Tezpur Lunatic Asylum reports 1895-1904 - 1895-1904
Year: 1895
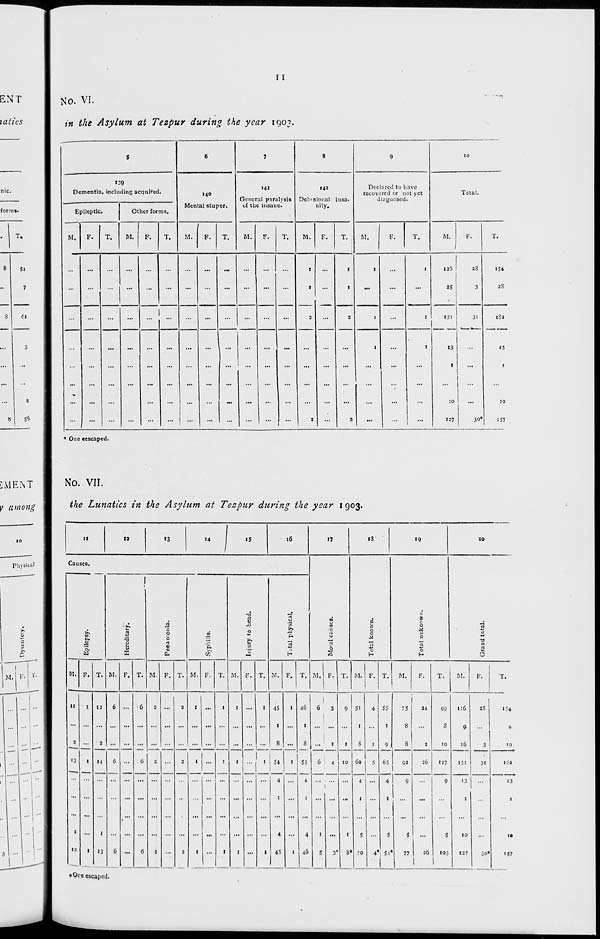
II
No. VI.
in the Asylum at Tezpur during the year 1903,
s
6
7
8
9
10
139
Dementia, including acquired.
140
141
142
Declared to have
recovered or not yet
Total.
Mental stupor.
General paralysis
of the insane.
Delusional
nity.
insa-
diagnosed.
Epileptic.
Other forms.
M.
F.
T.
M.
F.
T.
M.
F.
T.
1
M.
F.
T.
M.
F.
T.
M.
F.
T.
M.
F.
T.
...
...
...
...
...
...
...
...
...
...
...
...
1
1
1
1
1
...
1
125
25
•
33
3
i54
2S
...
...
...
...
...
...
...
...
2
'
...
1
151
31
iSa
...
...
...
...
...
...
...
...
...
...
...
...
...
1
...
1
13
«3
...
...
...
...
...
...
...
...
...
...
...
...
...
...
...
...
1
I
1
...
...
...
...
...
...
...
...
...
2
...
'
...
...
...
10
127
30*
10
157
* One eescaped.
No. VII.
the Lunatics in the Asylum at Tezpur during the year 1903.
11
12
13
14
\
15
16
17
13
»9
30
Causes.
to
a
u
0
S
0
j:
0
M
0
H
|
c
&
re
0
H
0.
'5.
1
n
•5
ac
a
0
E
V
c
Ou
•0
a
u
0
b
Total physical.
2
-3
C
n
O
M. F. T. M. F. T. M. F. T. 1SI. F. T. M. F. T. M. F. T. M. F. T. M. F. T.
M.
F.
T.
M.
F.
T.
11
13
1
12
1
1
1
12
2
14
1
13
6
6
G
...
0
6
6
2
2
2
1
1
1
...
1
1
1
1
1
1
_11
I
__
1
45
1
8
54
4
i
4
45
1
1
1
46
1
8
55
4
1
4
46
1
6
3
1
... '
1
0
4
9
1
10
1
8<
5i
1
8
Co
•t
1
5
50
4
1
5
4*
53
1
9
65
4
1
5
1 5l<
75
8
8
34
2
99
8
10
136
9
16
151
2S
3
31
»54
19
91
:C
117
18a
1
5
3'
9
1...
5
77
:6
9
S
103
1
13
1
10
127
30*
13
I
I*
157
* Ore escaped.